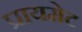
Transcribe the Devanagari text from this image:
प्रायमेट